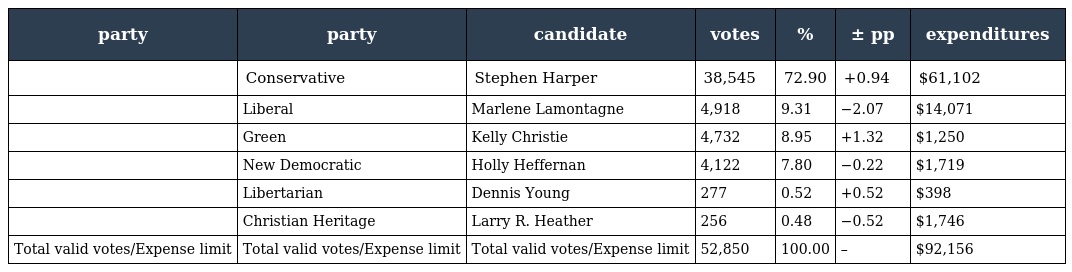
| party | party | candidate | votes | % | ± pp | expenditures |
 | --- | --- | --- | --- | --- | --- | --- |
 |  | Conservative | Stephen Harper | 38,545 | 72.90 | +0.94 | $61,102 |
 |  | Liberal | Marlene Lamontagne | 4,918 | 9.31 | −2.07 | $14,071 |
 |  | Green | Kelly Christie | 4,732 | 8.95 | +1.32 | $1,250 |
 |  | New Democratic | Holly Heffernan | 4,122 | 7.80 | −0.22 | $1,719 |
 |  | Libertarian | Dennis Young | 277 | 0.52 | +0.52 | $398 |
 |  | Christian Heritage | Larry R. Heather | 256 | 0.48 | −0.52 | $1,746 |
 | Total valid votes/Expense limit | Total valid votes/Expense limit | Total valid votes/Expense limit | 52,850 | 100.00 | – | $92,156 |